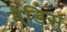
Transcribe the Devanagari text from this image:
गैडिस